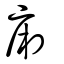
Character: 廂